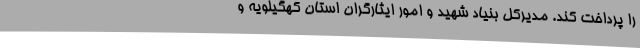
را پرداخت کند. مدیرکل بنیاد شهید و امور ایثارگران استان کهگیلویه و